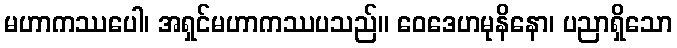
မဟာကဿပေါ၊ အရှင်မဟာကဿပသည်။ ဝေဒေဟမုနိနော၊ ပညာရှိသော